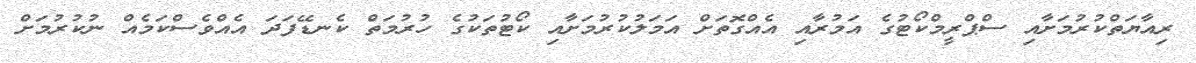
ރިއާޔަތްކުރުމަށާއި ސްޕްރީމްކޯޓުގެ އަމުރާއި އެއްގޮތަށް އަމަލުކުރުމަށާއި ކޯޓުތަކުގެ ހުރުމަތް ކެނޑޭފަދަ އެއްވެސްކަމެއް ނުކުރުމަށް